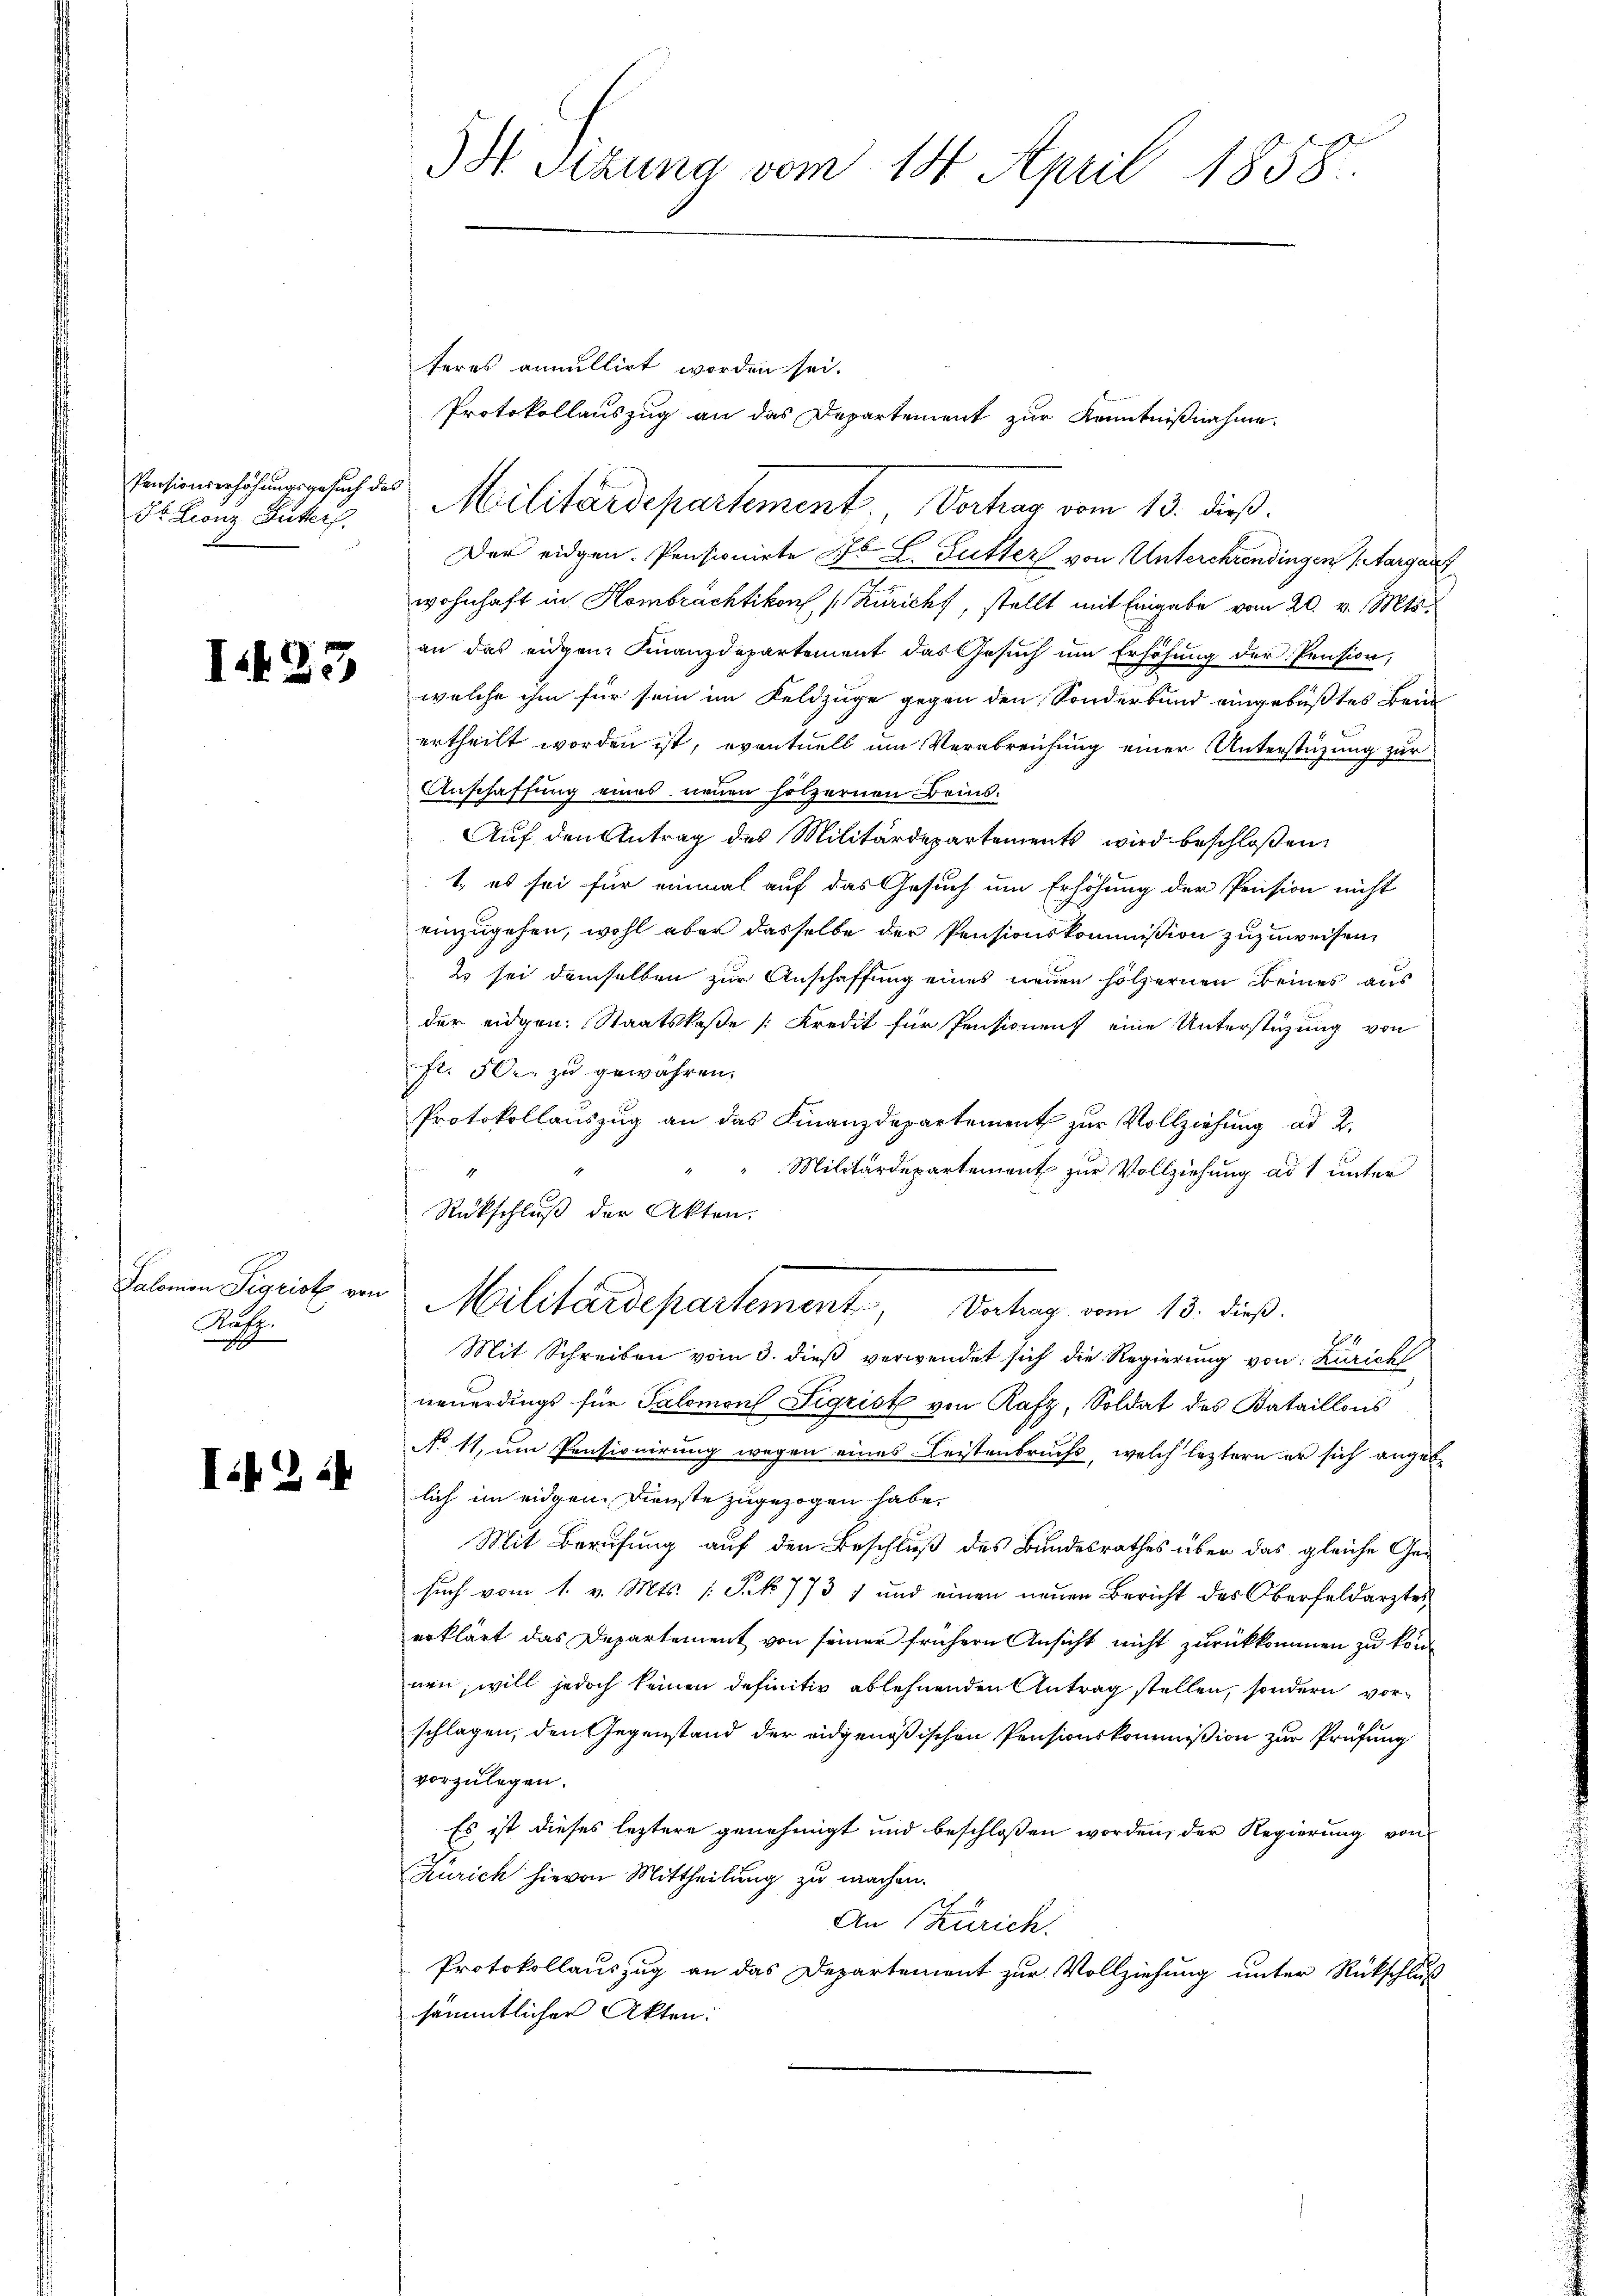
Pensionserhöhungsgesuch der
St. Leonz Butter.

I.433

Salomon Sigrist von
Rafz

I. 24

3S Sizung vom 14. April 1858.

teres annullirt worden sei.
Protokollauszug an das Departement zur Kenntnißnahme.
1
Militärdepartement, Vortrag vom 13. dieß
Der eidgen. Pensionirte F. L. Sutter von Unterchrendingen (Aargau
wohnhaft in Hombrachtikon [Züricht, stellt mit Eingabe vom 20. v. Mts.
an das eidgen. Finanzdepartement das Gesuch um Erhöhung der Pension,
welche ihm für sein im Feldzüge gegen den Sonderbund eingebüßtes Bein
ertheilt worden ist, eventuell um Verabreichung einer Unterstüzung zur
Anschaffung eines neuen hölzernen Beins¬
Auf den Antrag des Militärdepartements wird beschloßen:
1. es sei für einmal auf das Gesuch um Erhöhung der Pension nicht
einzugehen, wohl aber dasselbe der Pensionskommission zuzuweisen,
2 sei demselben zur Anschaffung eines neuen hölzernen Beines aus
der eidgen. Staatskaße [Kredit für Pensionen eine Unterstüzung von
fl. 500. zu gewähren.
Protokollauszug an das Finanzdepartement zur Vollziehung ad 2.
1
Militärdepartement zur Vollziehung ad 1 unter
Rückschluß der Akten.
Militärdepartement, Antrag vom 13. dieß.
1
Mit Schreiben vom 3. dieß verwendet sich die Regierung von Zürich
neuerdings für Salomon Sigrist von Rafz, Soldat des Bataillons
No 11, um Pensionirung wegen eines Leistenbruchs, welch leztern er sich angebe
lich im eidgen. Dienste zugezogen habe.
Mit Berufung auf den Beschluß des Bundesrathes über das gleiche Gesuch vom 1. v. Mts. (: Sk 773 1 und einen neuen Bericht des Oberfeldarztes
erklärt das Departement von seiner frühern Ansicht nicht zurückkommen zu können, will jedoch keinen definitiv ablehnenden Antrag stellen, sondern vorschlagen, den Gegenstand der eidgenößischen Pensionskommißion zur Prüfung
vorzulegen.
Es ist dieses leztere genehmigt und beschloßen worden, der Regierung von
Zürich hievon Mittheilung zu machen.
An Zürich.
Protokollauszug an das Departement zur Vollziehung unter Rückschluß
sämmtlicher Akten: